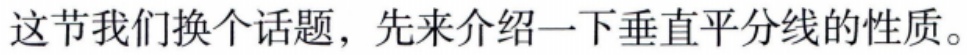
这节我们换个话题，先来介绍一下垂直平分线的性质。